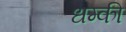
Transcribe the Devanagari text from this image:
धम्की